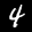
Label: 4